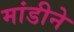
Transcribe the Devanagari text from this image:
मांडीने